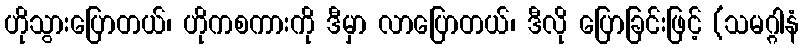
ဟိုသွားပြောတယ်၊ ဟိုကစကားကို ဒီမှာ လာပြောတယ်၊ ဒီလို ပြောခြင်းဖြင့် (သမဂ္ဂါနံ